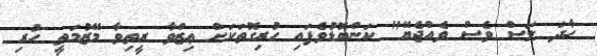
ހާދަ ލަސް ވެސް ވެއްޖެޔޭ" ކަންބޮޑުވެފައި ހުރިގޮތަކަށް ޢިޒްވާ ރީތިވާ މޭޒުމަތީ ހުރި